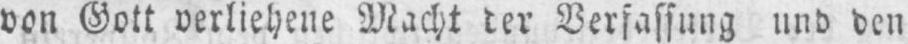
von Gott verliehene Macht der Verfassung und den